Problem: 39 + 40 = ?
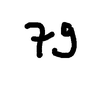
Handwritten answer: 79